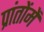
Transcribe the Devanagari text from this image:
प्रांतोंमें